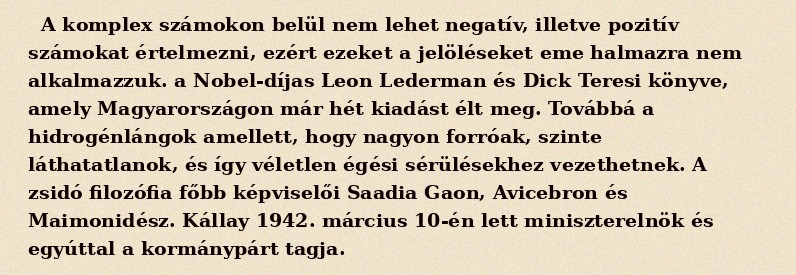
A komplex számokon belül nem lehet negatív, illetve pozitív számokat értelmezni, ezért ezeket a jelöléseket eme halmazra nem alkalmazzuk. a Nobel-díjas Leon Lederman és Dick Teresi könyve, amely Magyarországon már hét kiadást élt meg. Továbbá a hidrogénlángok amellett, hogy nagyon forróak, szinte láthatatlanok, és így véletlen égési sérülésekhez vezethetnek. A zsidó filozófia főbb képviselői Saadia Gaon, Avicebron és Maimonidész. Kállay 1942. március 10-én lett miniszterelnök és egyúttal a kormánypárt tagja.